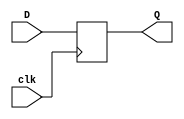
module DFF32(D,clk,Q);
input [31:0] D; // Data input 
input clk; // clock input 
output reg [31:0] Q; // output Q 
always @(posedge clk) 
begin
 Q <= D; 
end 
endmodule